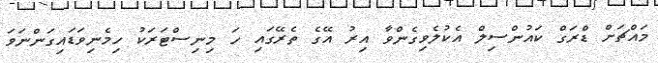
މައްޗަށް ޑްރަގް ކައުންސިލް އެކުލެވިގެންވާ އިރު އޭގެ ތެރޭގައި ހަ މިނިސްޓަރަކު ހިމެނިވަޑައިގަންނަވަ